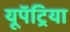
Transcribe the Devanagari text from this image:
यूपॅट्रिया